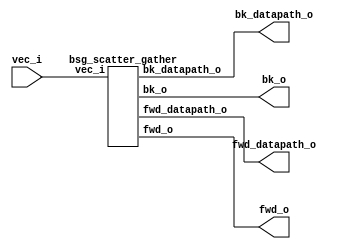
// This program was cloned from: https://github.com/chipsalliance/UHDM-integration-tests
// License: Apache License 2.0



module top
(
  vec_i,
  fwd_o,
  fwd_datapath_o,
  bk_o,
  bk_datapath_o
);

  input [3:0] vec_i;
  output [7:0] fwd_o;
  output [7:0] fwd_datapath_o;
  output [7:0] bk_o;
  output [7:0] bk_datapath_o;

  bsg_scatter_gather
  wrapper
  (
    .vec_i(vec_i),
    .fwd_o(fwd_o),
    .fwd_datapath_o(fwd_datapath_o),
    .bk_o(bk_o),
    .bk_datapath_o(bk_datapath_o)
  );


endmodule



module bsg_scatter_gather
(
  vec_i,
  fwd_o,
  fwd_datapath_o,
  bk_o,
  bk_datapath_o
);

  input [3:0] vec_i;
  output [7:0] fwd_o;
  output [7:0] fwd_datapath_o;
  output [7:0] bk_o;
  output [7:0] bk_datapath_o;
  wire [7:0] fwd_o,fwd_datapath_o,bk_o,bk_datapath_o;
  wire N0,N1,N2,N3,N4,N5,N6,N7,N8,N9,N10,N11,N12,N13,N14,N15,N16,N17,N18,N19,N20,N21,
  N22,N23,N24,N25,N26,N27,N28,N29,N30,N31,N32,N33,N34,N35,N36,N37,N38,N39,N40,N41,
  N42,N43,N44,N45,N46,N47,N48,N49,N50,N51,N52,N53,N54,N55,N56,N57,N58,N59,N60,N61;
  assign bk_datapath_o[0] = 1'b0;
  assign bk_datapath_o[1] = 1'b0;
  assign bk_datapath_o[3] = 1'b0;
  assign fwd_datapath_o[5] = 1'b0;
  assign fwd_datapath_o[6] = 1'b0;
  assign fwd_datapath_o[7] = 1'b0;
  assign N20 = N16 & N17;
  assign N21 = N18 & N19;
  assign N22 = N20 & N21;
  assign N23 = vec_i[3] | vec_i[2];
  assign N24 = vec_i[1] | N19;
  assign N25 = N23 | N24;
  assign N27 = N18 | vec_i[0];
  assign N28 = N23 | N27;
  assign N30 = N18 | N19;
  assign N31 = N23 | N30;
  assign N33 = vec_i[3] | N17;
  assign N34 = vec_i[1] | vec_i[0];
  assign N35 = N33 | N34;
  assign N37 = N33 | N24;
  assign N39 = N33 | N27;
  assign N41 = N33 | N30;
  assign N43 = N16 | vec_i[2];
  assign N44 = N43 | N34;
  assign N46 = N43 | N24;
  assign N48 = N43 | N27;
  assign N50 = N43 | N30;
  assign N52 = N16 | N17;
  assign N53 = N52 | N34;
  assign N55 = N52 | N24;
  assign N57 = N52 | N27;
  assign N59 = vec_i[3] & vec_i[2];
  assign N60 = vec_i[1] & vec_i[0];
  assign N61 = N59 & N60;
  assign bk_o = (N0)? { 1'b1, 1'b1, 1'b1, 1'b1, 1'b1, 1'b1, 1'b1, 1'b1 } : 
                (N1)? { 1'b1, 1'b1, 1'b1, 1'b1, 1'b1, 1'b1, 1'b0, 1'b0 } : 
                (N2)? { 1'b1, 1'b1, 1'b1, 1'b1, 1'b0, 1'b0, 1'b1, 1'b1 } : 
                (N3)? { 1'b1, 1'b1, 1'b1, 1'b1, 1'b0, 1'b1, 1'b0, 1'b0 } : 
                (N4)? { 1'b1, 1'b1, 1'b0, 1'b0, 1'b1, 1'b1, 1'b1, 1'b1 } : 
                (N5)? { 1'b1, 1'b1, 1'b0, 1'b1, 1'b1, 1'b1, 1'b0, 1'b0 } : 
                (N6)? { 1'b1, 1'b1, 1'b0, 1'b1, 1'b0, 1'b0, 1'b1, 1'b1 } : 
                (N7)? { 1'b1, 1'b1, 1'b1, 1'b0, 1'b0, 1'b1, 1'b0, 1'b0 } : 
                (N8)? { 1'b0, 1'b0, 1'b1, 1'b1, 1'b1, 1'b1, 1'b1, 1'b1 } : 
                (N9)? { 1'b0, 1'b1, 1'b1, 1'b1, 1'b1, 1'b1, 1'b0, 1'b0 } : 
                (N10)? { 1'b0, 1'b1, 1'b1, 1'b1, 1'b0, 1'b0, 1'b1, 1'b1 } : 
                (N11)? { 1'b1, 1'b0, 1'b1, 1'b1, 1'b0, 1'b1, 1'b0, 1'b0 } : 
                (N12)? { 1'b0, 1'b1, 1'b0, 1'b0, 1'b1, 1'b1, 1'b1, 1'b1 } : 
                (N13)? { 1'b1, 1'b0, 1'b0, 1'b1, 1'b1, 1'b1, 1'b0, 1'b0 } : 
                (N14)? { 1'b1, 1'b0, 1'b0, 1'b1, 1'b0, 1'b0, 1'b1, 1'b1 } : 
                (N15)? { 1'b1, 1'b1, 1'b1, 1'b0, 1'b0, 1'b1, 1'b0, 1'b0 } : 1'b0;
  assign N0 = N22;
  assign N1 = N26;
  assign N2 = N29;
  assign N3 = N32;
  assign N4 = N36;
  assign N5 = N38;
  assign N6 = N40;
  assign N7 = N42;
  assign N8 = N45;
  assign N9 = N47;
  assign N10 = N49;
  assign N11 = N51;
  assign N12 = N54;
  assign N13 = N56;
  assign N14 = N58;
  assign N15 = N61;
  assign { bk_datapath_o[7:4], bk_datapath_o[2:2] } = (N0)? { 1'b0, 1'b0, 1'b0, 1'b0, 1'b0 } : 
                                                      (N1)? { 1'b0, 1'b0, 1'b0, 1'b0, 1'b0 } : 
                                                      (N2)? { 1'b0, 1'b0, 1'b0, 1'b0, 1'b0 } : 
                                                      (N3)? { 1'b0, 1'b0, 1'b0, 1'b0, 1'b1 } : 
                                                      (N4)? { 1'b0, 1'b0, 1'b0, 1'b0, 1'b0 } : 
                                                      (N5)? { 1'b0, 1'b0, 1'b0, 1'b1, 1'b0 } : 
                                                      (N6)? { 1'b0, 1'b0, 1'b0, 1'b1, 1'b0 } : 
                                                      (N7)? { 1'b0, 1'b0, 1'b1, 1'b0, 1'b1 } : 
                                                      (N8)? { 1'b0, 1'b0, 1'b0, 1'b0, 1'b0 } : 
                                                      (N9)? { 1'b0, 1'b1, 1'b0, 1'b0, 1'b0 } : 
                                                      (N10)? { 1'b0, 1'b1, 1'b0, 1'b0, 1'b0 } : 
                                                      (N11)? { 1'b1, 1'b0, 1'b0, 1'b0, 1'b1 } : 
                                                      (N12)? { 1'b0, 1'b1, 1'b0, 1'b0, 1'b0 } : 
                                                      (N13)? { 1'b1, 1'b0, 1'b0, 1'b1, 1'b0 } : 
                                                      (N14)? { 1'b1, 1'b0, 1'b0, 1'b1, 1'b0 } : 
                                                      (N15)? { 1'b1, 1'b1, 1'b1, 1'b0, 1'b1 } : 1'b0;
  assign fwd_o = (N0)? { 1'b1, 1'b1, 1'b1, 1'b1, 1'b1, 1'b1, 1'b1, 1'b1 } : 
                 (N1)? { 1'b1, 1'b1, 1'b1, 1'b1, 1'b1, 1'b1, 1'b0, 1'b0 } : 
                 (N2)? { 1'b1, 1'b1, 1'b1, 1'b1, 1'b1, 1'b1, 1'b0, 1'b1 } : 
                 (N3)? { 1'b1, 1'b1, 1'b1, 1'b1, 1'b0, 1'b1, 1'b0, 1'b0 } : 
                 (N4)? { 1'b1, 1'b1, 1'b1, 1'b1, 1'b1, 1'b1, 1'b1, 1'b0 } : 
                 (N5)? { 1'b1, 1'b1, 1'b1, 1'b1, 1'b1, 1'b0, 1'b0, 1'b0 } : 
                 (N6)? { 1'b1, 1'b1, 1'b1, 1'b1, 1'b1, 1'b0, 1'b0, 1'b1 } : 
                 (N7)? { 1'b1, 1'b1, 1'b1, 1'b0, 1'b0, 1'b1, 1'b0, 1'b0 } : 
                 (N8)? { 1'b1, 1'b0, 1'b1, 1'b0, 1'b1, 1'b0, 1'b1, 1'b1 } : 
                 (N9)? { 1'b1, 1'b0, 1'b1, 1'b0, 1'b1, 1'b1, 1'b0, 1'b0 } : 
                 (N10)? { 1'b1, 1'b0, 1'b1, 1'b0, 1'b1, 1'b1, 1'b0, 1'b1 } : 
                 (N11)? { 1'b1, 1'b0, 1'b1, 1'b1, 1'b0, 1'b1, 1'b0, 1'b0 } : 
                 (N12)? { 1'b0, 1'b1, 1'b0, 1'b1, 1'b1, 1'b1, 1'b1, 1'b0 } : 
                 (N13)? { 1'b0, 1'b1, 1'b1, 1'b1, 1'b1, 1'b0, 1'b0, 1'b0 } : 
                 (N14)? { 1'b0, 1'b0, 1'b1, 1'b1, 1'b1, 1'b0, 1'b0, 1'b1 } : 
                 (N15)? { 1'b1, 1'b1, 1'b1, 1'b0, 1'b0, 1'b1, 1'b0, 1'b0 } : 1'b0;
  assign fwd_datapath_o[4:0] = (N0)? { 1'b0, 1'b0, 1'b0, 1'b0, 1'b0 } : 
                               (N1)? { 1'b0, 1'b0, 1'b0, 1'b0, 1'b0 } : 
                               (N2)? { 1'b0, 1'b0, 1'b0, 1'b0, 1'b1 } : 
                               (N3)? { 1'b0, 1'b0, 1'b0, 1'b0, 1'b0 } : 
                               (N4)? { 1'b0, 1'b0, 1'b0, 1'b1, 1'b0 } : 
                               (N5)? { 1'b0, 1'b0, 1'b1, 1'b0, 1'b0 } : 
                               (N6)? { 1'b0, 1'b0, 1'b1, 1'b0, 1'b1 } : 
                               (N7)? { 1'b0, 1'b0, 1'b0, 1'b0, 1'b0 } : 
                               (N8)? { 1'b0, 1'b0, 1'b0, 1'b1, 1'b1 } : 
                               (N9)? { 1'b0, 1'b1, 1'b0, 1'b0, 1'b0 } : 
                               (N10)? { 1'b0, 1'b1, 1'b0, 1'b0, 1'b1 } : 
                               (N11)? { 1'b1, 1'b0, 1'b0, 1'b0, 1'b0 } : 
                               (N12)? { 1'b0, 1'b1, 1'b0, 1'b1, 1'b0 } : 
                               (N13)? { 1'b1, 1'b0, 1'b1, 1'b0, 1'b0 } : 
                               (N14)? { 1'b1, 1'b0, 1'b1, 1'b0, 1'b1 } : 
                               (N15)? { 1'b0, 1'b0, 1'b0, 1'b0, 1'b0 } : 1'b0;
  assign N16 = ~vec_i[3];
  assign N17 = ~vec_i[2];
  assign N18 = ~vec_i[1];
  assign N19 = ~vec_i[0];
  assign N26 = ~N25;
  assign N29 = ~N28;
  assign N32 = ~N31;
  assign N36 = ~N35;
  assign N38 = ~N37;
  assign N40 = ~N39;
  assign N42 = ~N41;
  assign N45 = ~N44;
  assign N47 = ~N46;
  assign N49 = ~N48;
  assign N51 = ~N50;
  assign N54 = ~N53;
  assign N56 = ~N55;
  assign N58 = ~N57;

endmodule